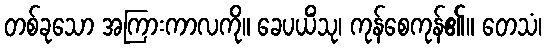
တစ်ခုသော အကြားကာလကို။ ခေပယိံသု၊ ကုန်စေကုန်၏။ တေသံ၊